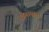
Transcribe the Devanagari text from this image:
तुइगामाला